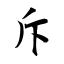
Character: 斥